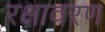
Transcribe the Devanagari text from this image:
रक्षावरण